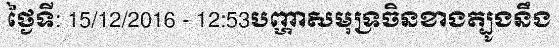
ថ្ងៃទី: 15/12/2016 - 12:53បញ្ហាសមុទ្រចិនខាងត្បូងនឹង